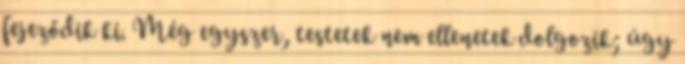
fejeződik ki. Még egyszer, testetek nem ellenetek dolgozik; úgy